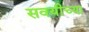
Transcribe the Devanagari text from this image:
सवयीच्या